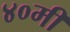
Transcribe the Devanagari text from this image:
४०मी